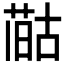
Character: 𪡻